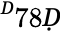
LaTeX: ^Ḋ78Ḍ